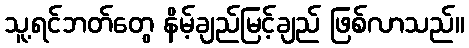
သူ့ရင်ဘတ်တွေ နိမ့်ချည်မြင့်ချည် ဖြစ်လာသည်။